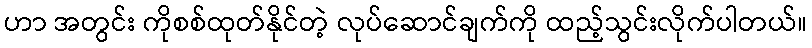
ဟာ အတွင်း ကိုစစ်ထုတ်နိုင်တဲ့ လုပ်ဆောင်ချက်ကို ထည့်သွင်းလိုက်ပါတယ်။